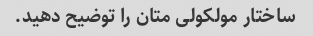
ساختار مولکولی متان را توضیح دهید.